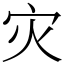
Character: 灾